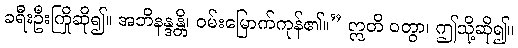
ခရီးဦးကြိုဆို၍။ အဘိနန္ဒန္တိ၊ ဝမ်းမြောက်ကုန်၏။” ဣတိ ဝတွာ၊ ဤသို့ဆို၍။